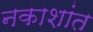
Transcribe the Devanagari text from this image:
नकाशांत